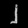
Digit: ၂